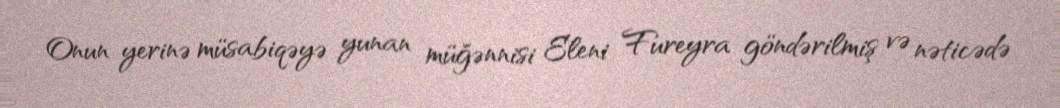
Onun yerinə müsabiqəyə yunan müğənnisi Eleni Fureyra göndərilmiş və nəticədə